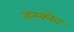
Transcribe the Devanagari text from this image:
इस्कोन